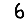
Digit: 6